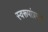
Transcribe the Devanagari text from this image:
स्वरूपांप्रमाणे